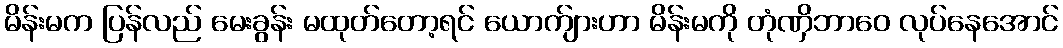
မိန်းမက ပြန်လည် မေးခွန်း မထုတ်တော့ရင် ယောက်ျားဟာ မိန်းမကို တုံဏှိဘာဝေ လုပ်နေအောင်